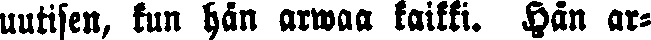
uutisen, kun hän arwaa kaikki. Hän ar-